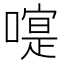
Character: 𠽰